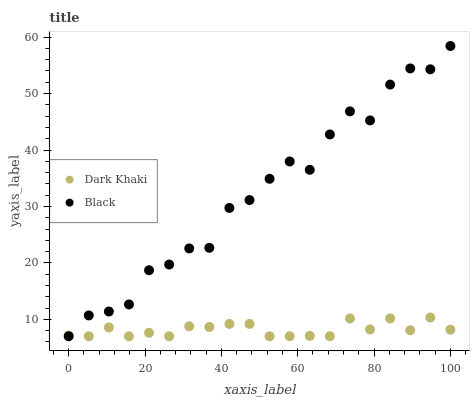
| xaxis_label | Dark Khaki | Black |
 | --- | --- | --- |
 | 0 | 7.12 | 7 |
 | 5.26 | 7 | 10.7 |
 | 10.5 | 8.56 | 11.4 |
 | 15.8 | 7 | 12.6 |
 | 21.1 | 7.61 | 18.7 |
 | 26.3 | 7 | 19.7 |
 | 31.6 | 8.76 | 22.6 |
 | 36.8 | 8.65 | 22.7 |
 | 42.1 | 9.19 | 29.7 |
 | 47.4 | 9.19 | 31.1 |
 | 52.6 | 7 | 34.9 |
 | 57.9 | 7 | 38 |
 | 63.2 | 7.07 | 36.5 |
 | 68.4 | 7 | 42.8 |
 | 73.7 | 10.2 | 46.8 |
 | 78.9 | 8.2 | 45.2 |
 | 84.2 | 10.1 | 51.6 |
 | 89.5 | 8.06 | 54.5 |
 | 94.7 | 10.3 | 54.3 |
 | 100 | 8.17 | 58.4 |